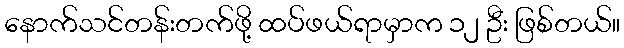
နောက်သင်တန်းတက်ဖို့ ထပ်ဖယ်ရာမှာက ၁၂ ဦး ဖြစ်တယ်။